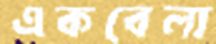
একবেলা